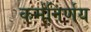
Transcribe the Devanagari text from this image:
कर्मनिर्णय